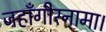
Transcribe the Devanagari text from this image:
जहाँगीरनामा।